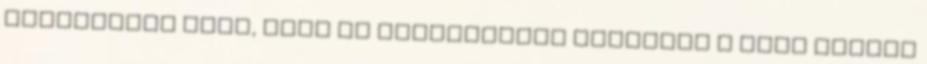
Kazáriából jött, ezek az úgynevezett bulgárok a Duna mentén